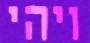
ויהי